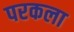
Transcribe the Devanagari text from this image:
परकला